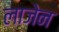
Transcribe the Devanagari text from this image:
लाजेन